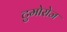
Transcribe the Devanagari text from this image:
टुमोरोज